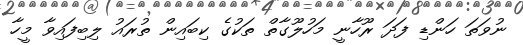
ނުވަތަ ހަންޑި ފަދަ ރޫހާނީ މަހުލޫގާތް ތަކުގެ ކިބައިން ތުރައު ލިބިފައިވާ މީހާ